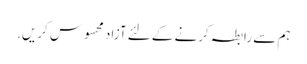
ہم سے رابطہ کرنے کے لئے آزاد محسوس کریں.